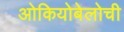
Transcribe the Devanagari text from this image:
ओकियोबेलोची